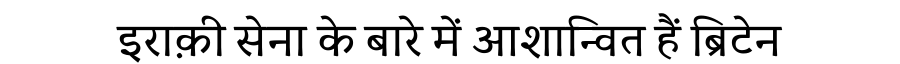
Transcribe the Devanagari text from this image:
इराक़ी सेना के बारे में आशान्वित हैं ब्रिटेन